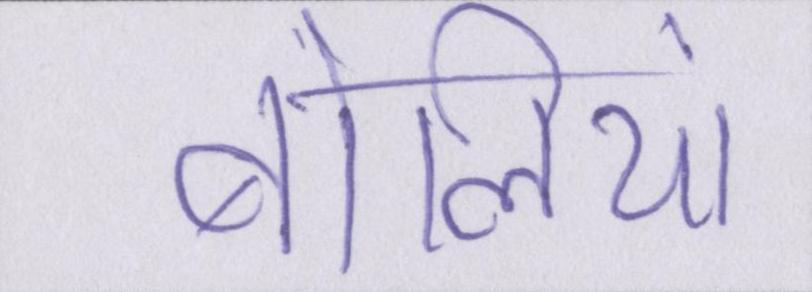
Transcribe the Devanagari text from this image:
बोलियां